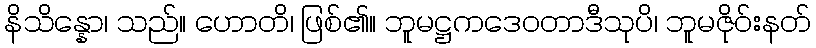
နိသိန္နော၊ သည်။ ဟောတိ၊ ဖြစ်၏။ ဘူမဋ္ဌကဒေဝတာဒီသုပိ၊ ဘူမဇိုဝ်းနတ်